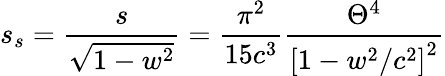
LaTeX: s_{s}=\frac s{\sqrt{1-w^{2}}}=\frac{\pi^{2}}{15c^{3}}\frac{\Theta^{4}}{\left[1-w^{2}/c^{2}\right]^{2}}